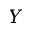
Y